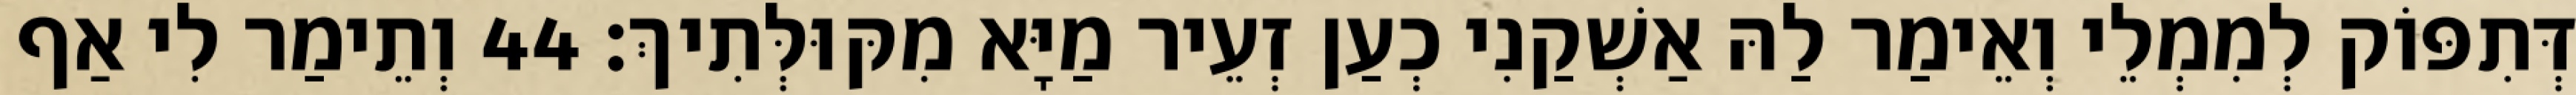
דְּתִפּוֹק לְמִמְלֵי וְאֵימַר לַהּ אַשְׁקַנִי כְעַן זְעֵיר מַיָּא מִקּוּלְּתִיךְ׃ 44 וְתֵימַר לִי אַף